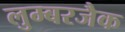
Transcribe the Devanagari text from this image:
लुम्बरजैक